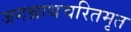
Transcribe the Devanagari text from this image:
जगन्नाथचरितमृत